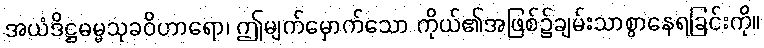
အယံဒိဋ္ဌဓမ္မသုခဝိဟာရော၊ ဤမျက်မှောက်သော ကိုယ်၏အဖြစ်၌ချမ်းသာစွာနေရခြင်းကို။